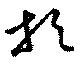
於